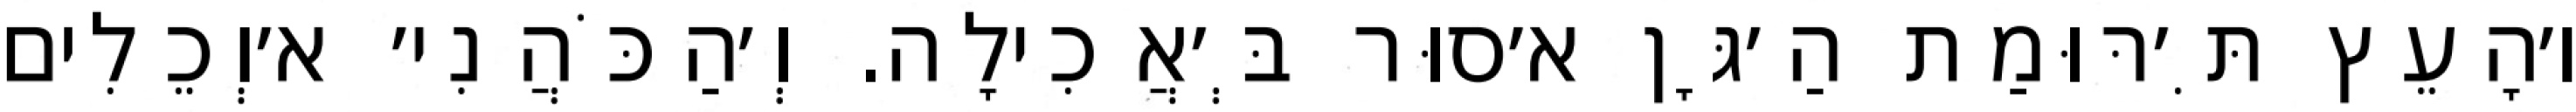
ו׳הָעֵץ תִּ׳רּוּמַת הַ׳גָּן א׳סוּר בְּ׳אֲכִילָה. וְ׳הַכֹּהֲנִי׳ א׳וְכֵלִים